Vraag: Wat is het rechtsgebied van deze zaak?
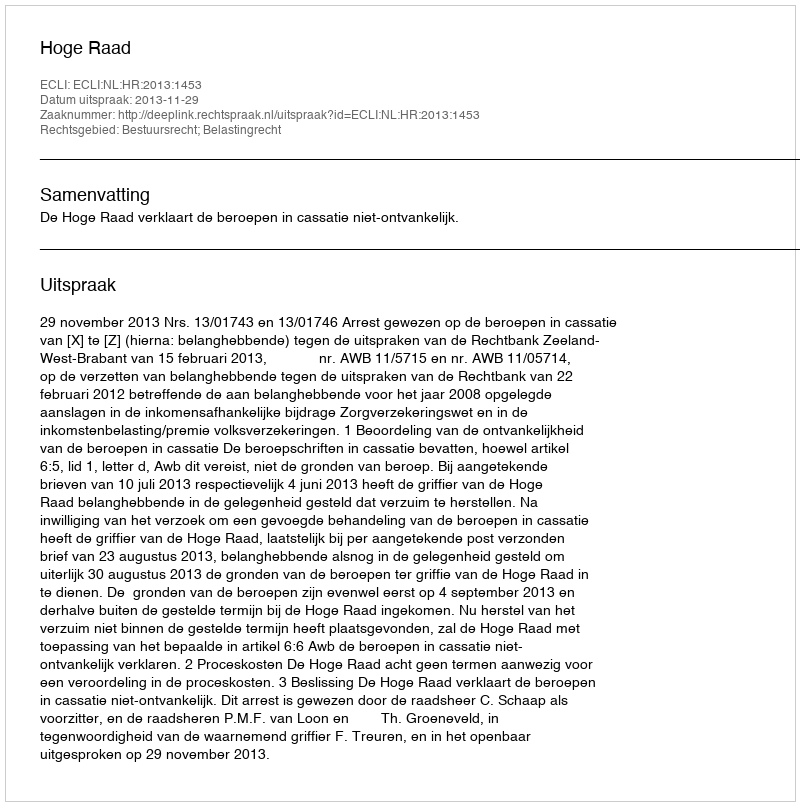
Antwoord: Bestuursrecht; Belastingrecht